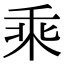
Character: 乘